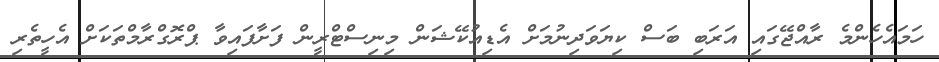
ހަމައެހެންމެ ރާއްޖޭގައި އަރަބި ބަސް ކިޔަވަދިނުމަށް އެޑިއުކޭޝަން މިނިސްޓްރީން ފަށާފައިވާ ޕްރޮގްރާމްތަކަށް އެހީތެރި